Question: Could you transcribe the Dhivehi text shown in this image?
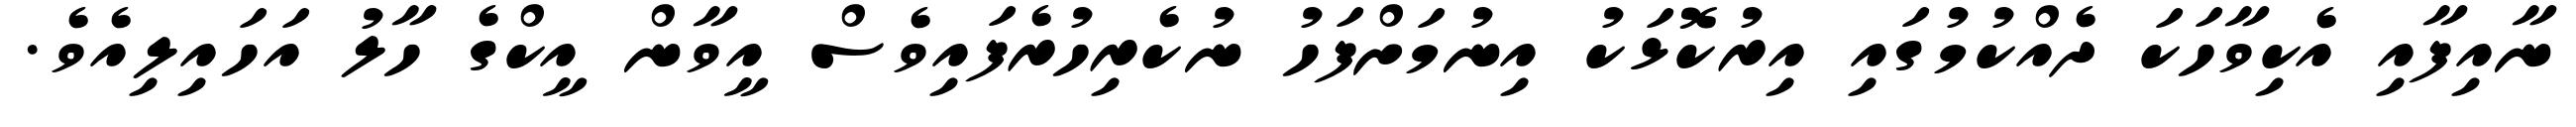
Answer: ނާއިފާއި އެކިވާހަކަ ދެއްކުމުގައި އިރުކޮޅަކު އިނުމަށްފަހު ނުކެރިހުރެފައިވެސް އީވާން އީކްގެ ހާލު އަހައިލިއެވެ.